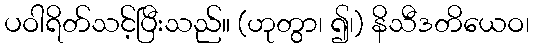
ပဝါရိတ်သင့်ပြီးသည်။ (ဟုတွာ၊ ၍၊) နိသီဒတိယေဝ၊